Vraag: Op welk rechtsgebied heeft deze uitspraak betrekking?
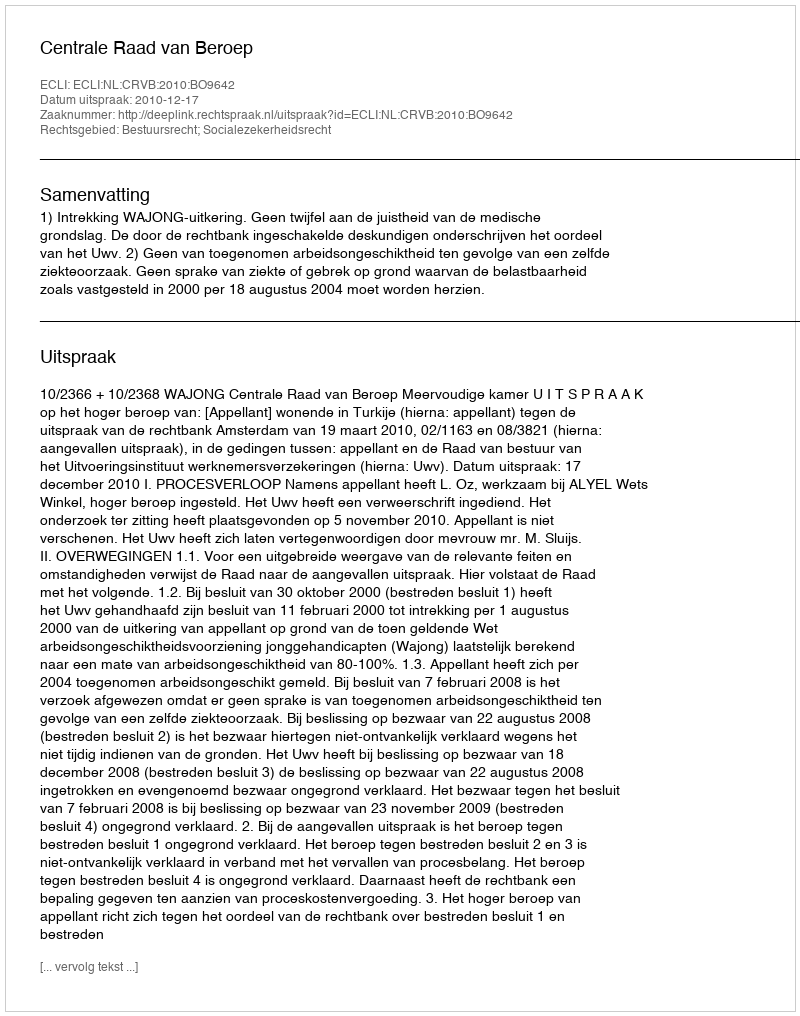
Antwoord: Bestuursrecht; Socialezekerheidsrecht